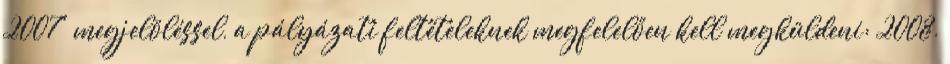
2007" megjelöléssel, a pályázati feltételeknek megfelelően kell megküldeni: 2008.